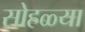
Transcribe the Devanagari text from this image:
सोहळ्या